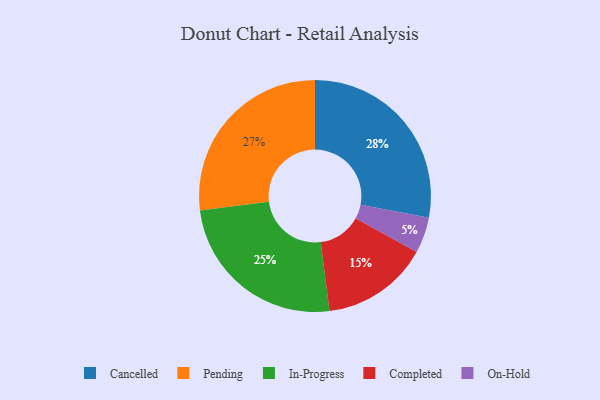
{"axis": {"x": "Category", "y": "Percentage"}, "legend": ["Cancelled", "Completed", "In-Progress", "On-Hold", "Pending"], "data": [{"x": "On-Hold", "y": 5, "type": "On-Hold"}, {"x": "Cancelled", "y": 28, "type": "Cancelled"}, {"x": "In-Progress", "y": 25, "type": "In-Progress"}, {"x": "Completed", "y": 15, "type": "Completed"}, {"x": "Pending", "y": 27, "type": "Pending"}]}